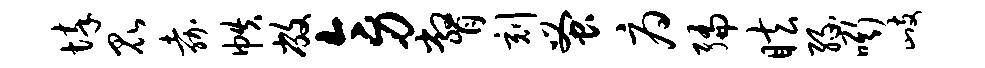
悴昆嘉帙敝旁瞥刻蚤府编眩缘嘶歧